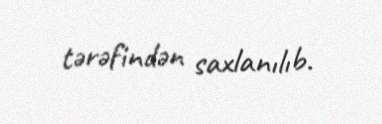
tərəfindən saxlanılıb.